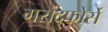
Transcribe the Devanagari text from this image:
गरौंदफोर्से